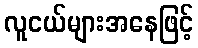
လူငယ်များအနေဖြင့်